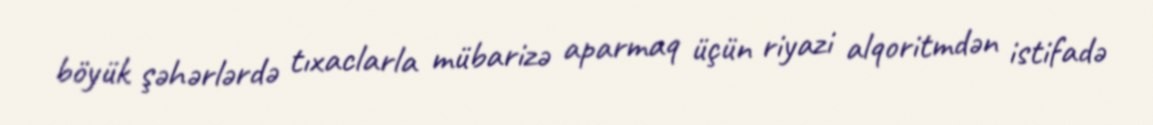
böyük şəhərlərdə tıxaclarla mübarizə aparmaq üçün riyazi alqoritmdən istifadə